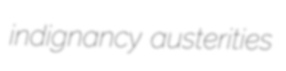
indignancy austerities